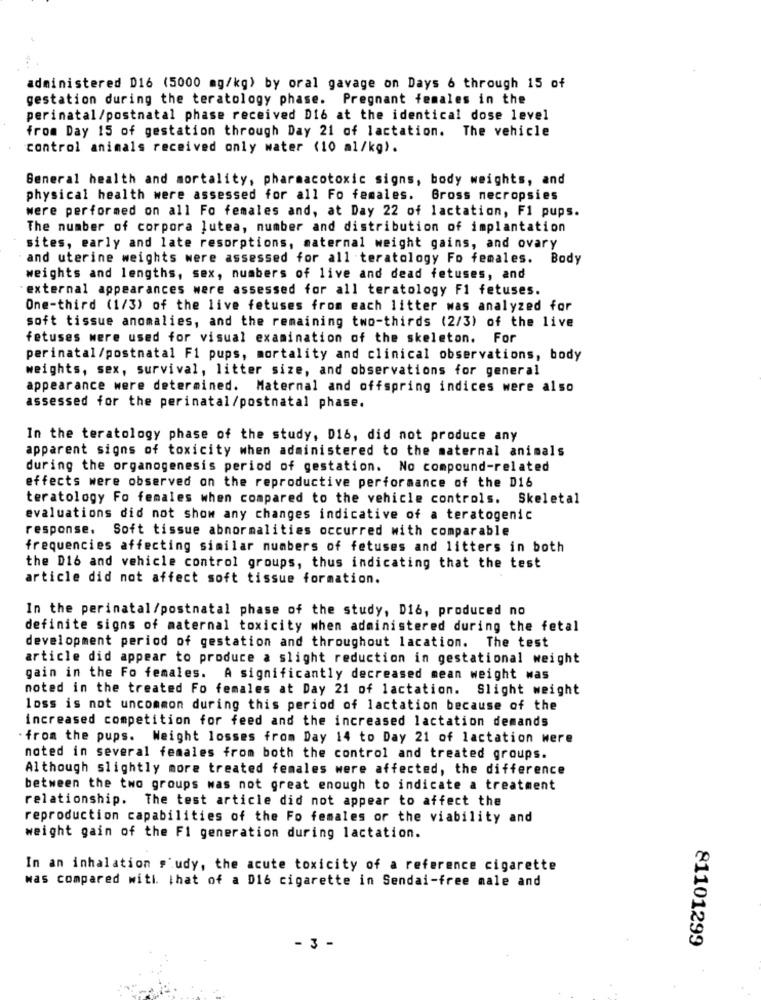
administered D16 (5000 mg/kg) by oral gavage on Days 6 through 15 of
gestation during the teratology phase. Pregnant females in the
perinatal/postnatal phase received D16 at the identical dose level
from Day 15 of gestation through Day 21 of lactation. The vehicle
control animals received only water (10 ml/kg).
General health and mortality, pharmacotoxic signs, body weights, and
physical health were assessed for all Fo females. Gross necropsies
were performed on all Fo females and, at Day 22 of lactation, F1 pups.
The number of corpora lutea, number and distribution of implantation
sites, early and late resorptions, maternal weight gains, and ovary
and uterine weights were assessed for all teratology Fo females. Body
weights and lengths, sex, numbers of live and dead fetuses, and
external appearances were assessed for all teratology F1 fetuses.
One-third (1/3) of the live fetuses from each litter was analyzed for
soft tissue anomalies, and the remaining two-thirds (2/3) of the live
fetuses were used for visual examination of the skeleton. For
perinatal/postnatal F1 pups, mortality and clinical observations, body
weights, sex, survival, litter size, and observations for general
appearance were determined. Maternal and offspring indices were also
assessed for the perinatal/postnatal phase.
In the teratology phase of the study, D16, did not produce any
apparent signs of toxicity when administered to the maternal animals
during the organogenesis period of gestation. No compound-related
effects were observed on the reproductive performance of the D16
teratology Fo females when compared to the vehicle controls. Skeletal
evaluations did not show any changes indicative of a teratogenic
response. Soft tissue abnormalities occurred with comparable
frequencies affecting similar numbers of fetuses and litters in both
the D16 and vehicle control groups, thus indicating that the test
article did not affect soft tissue formation.
In the perinatal /postnatal phase of the study, D16, produced no
definite signs of maternal toxicity when administered during the fetal
development period of gestation and throughout lacation. The test
article did appear to produce a slight reduction in gestational weight
gain in the Fo females. A significantly decreased mean weight was
noted in the treated Fo females at Day 21 of lactation. Slight weight
loss is not uncommon during this period of lactation because of the
increased competition for feed and the increased lactation demands
from the pups. Weight losses from Day 14 to Day 21 of lactation were
noted in several females from both the control and treated groups.
Although slightly more treated females were affected, the difference
between the two groups was not great enough to indicate a treatment
relationship. The test article did not appear to affect the
reproduction capabilities of the Fo females or the viability and
weight gain of the FI generation during lactation.
In an inhalation s'udy, the acute toxicity of a reference cigarette
was compared with. that of a D16 cigarette in Sendai-free male and
81101299
- 3 -